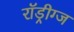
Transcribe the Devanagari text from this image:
रॉड्रीग्ज